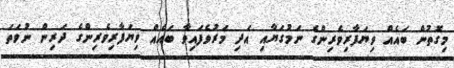
މިގޮތުން ބައެއް ވިޔަފާރިވެރިންގެ ނަމުގަޔާއި އަދި މަރުވެފައިވާ ބައެއް ވިޔަފާރިވެރިންގެ ދަރިން ނުވަތަ